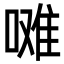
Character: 𭉼